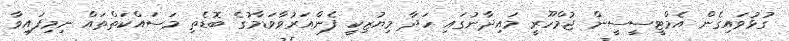
ގުޅުވައިގެން އެމްޓީސީސީން ޖުމްހޫރީ މައިދާނުގައި ހަދާ މިޔުޒިކީ ފެންއަރުވާވަޑާމުގެ ބޮޑެތި މަސައްކަތްތައް ނިމިފައިވާ